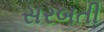
સરબતી